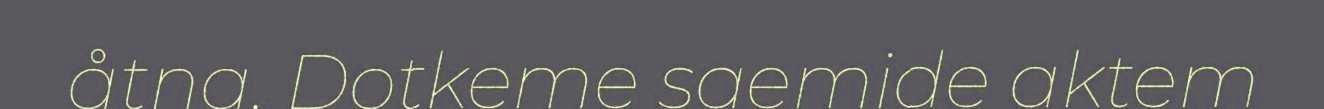
åtna. Dotkeme saemide aktem